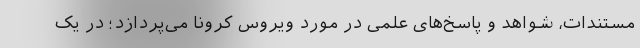
مستندات، شواهد و پاسخ‌های علمی در مورد ویروس کرونا می‌پردازد؛ در یک